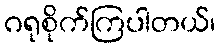
ဂရုစိုက်ကြပါတယ်၊